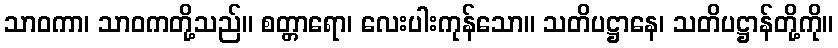
သာဝကာ၊ သာဝကတို့သည်။ စတ္တာရော၊ လေးပါးကုန်သော။ သတိပဋ္ဌာနေ၊ သတိပဋ္ဌာန်တို့ကို။